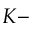
K -